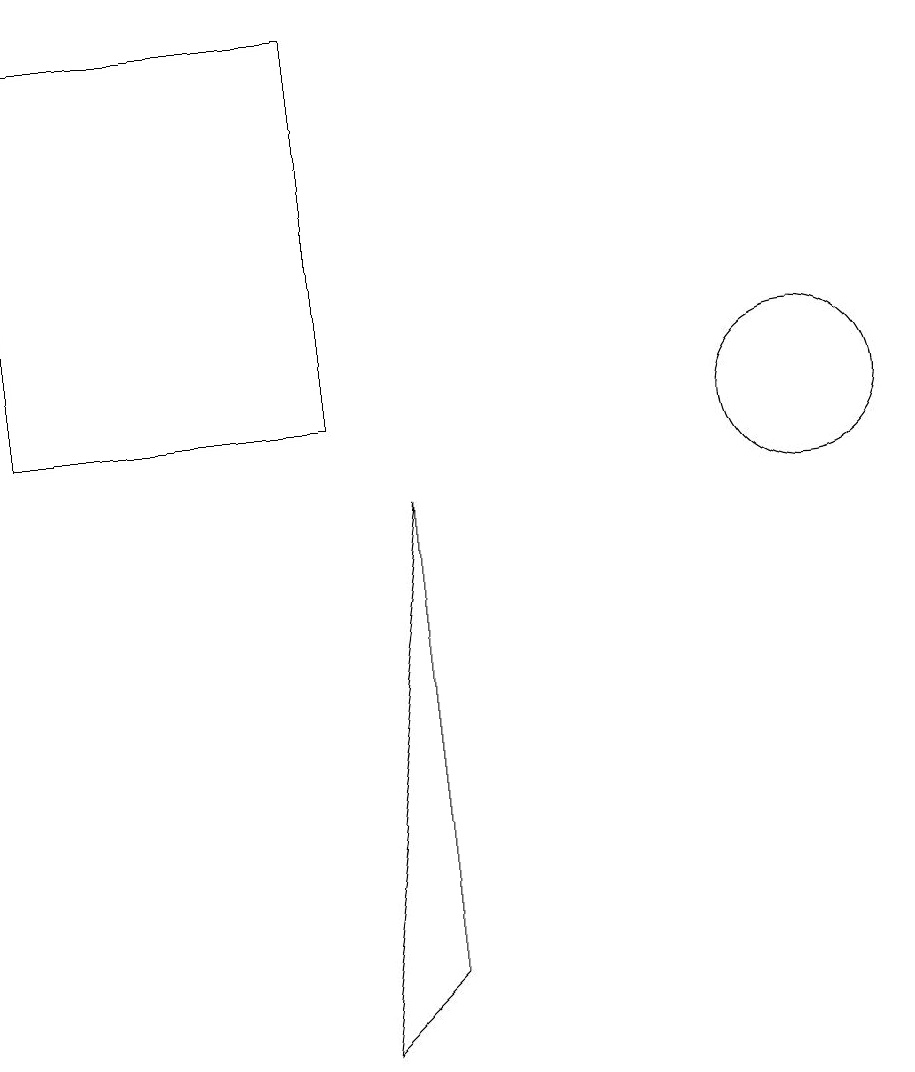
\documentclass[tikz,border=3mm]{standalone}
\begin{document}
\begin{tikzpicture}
\draw (5,10) rectangle (1,15);
\draw (6,9) -- (6,3) -- (5,2) -- cycle;
\draw (11,10) circle (1);
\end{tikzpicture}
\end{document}